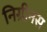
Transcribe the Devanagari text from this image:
निग्रीनस